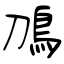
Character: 鳭